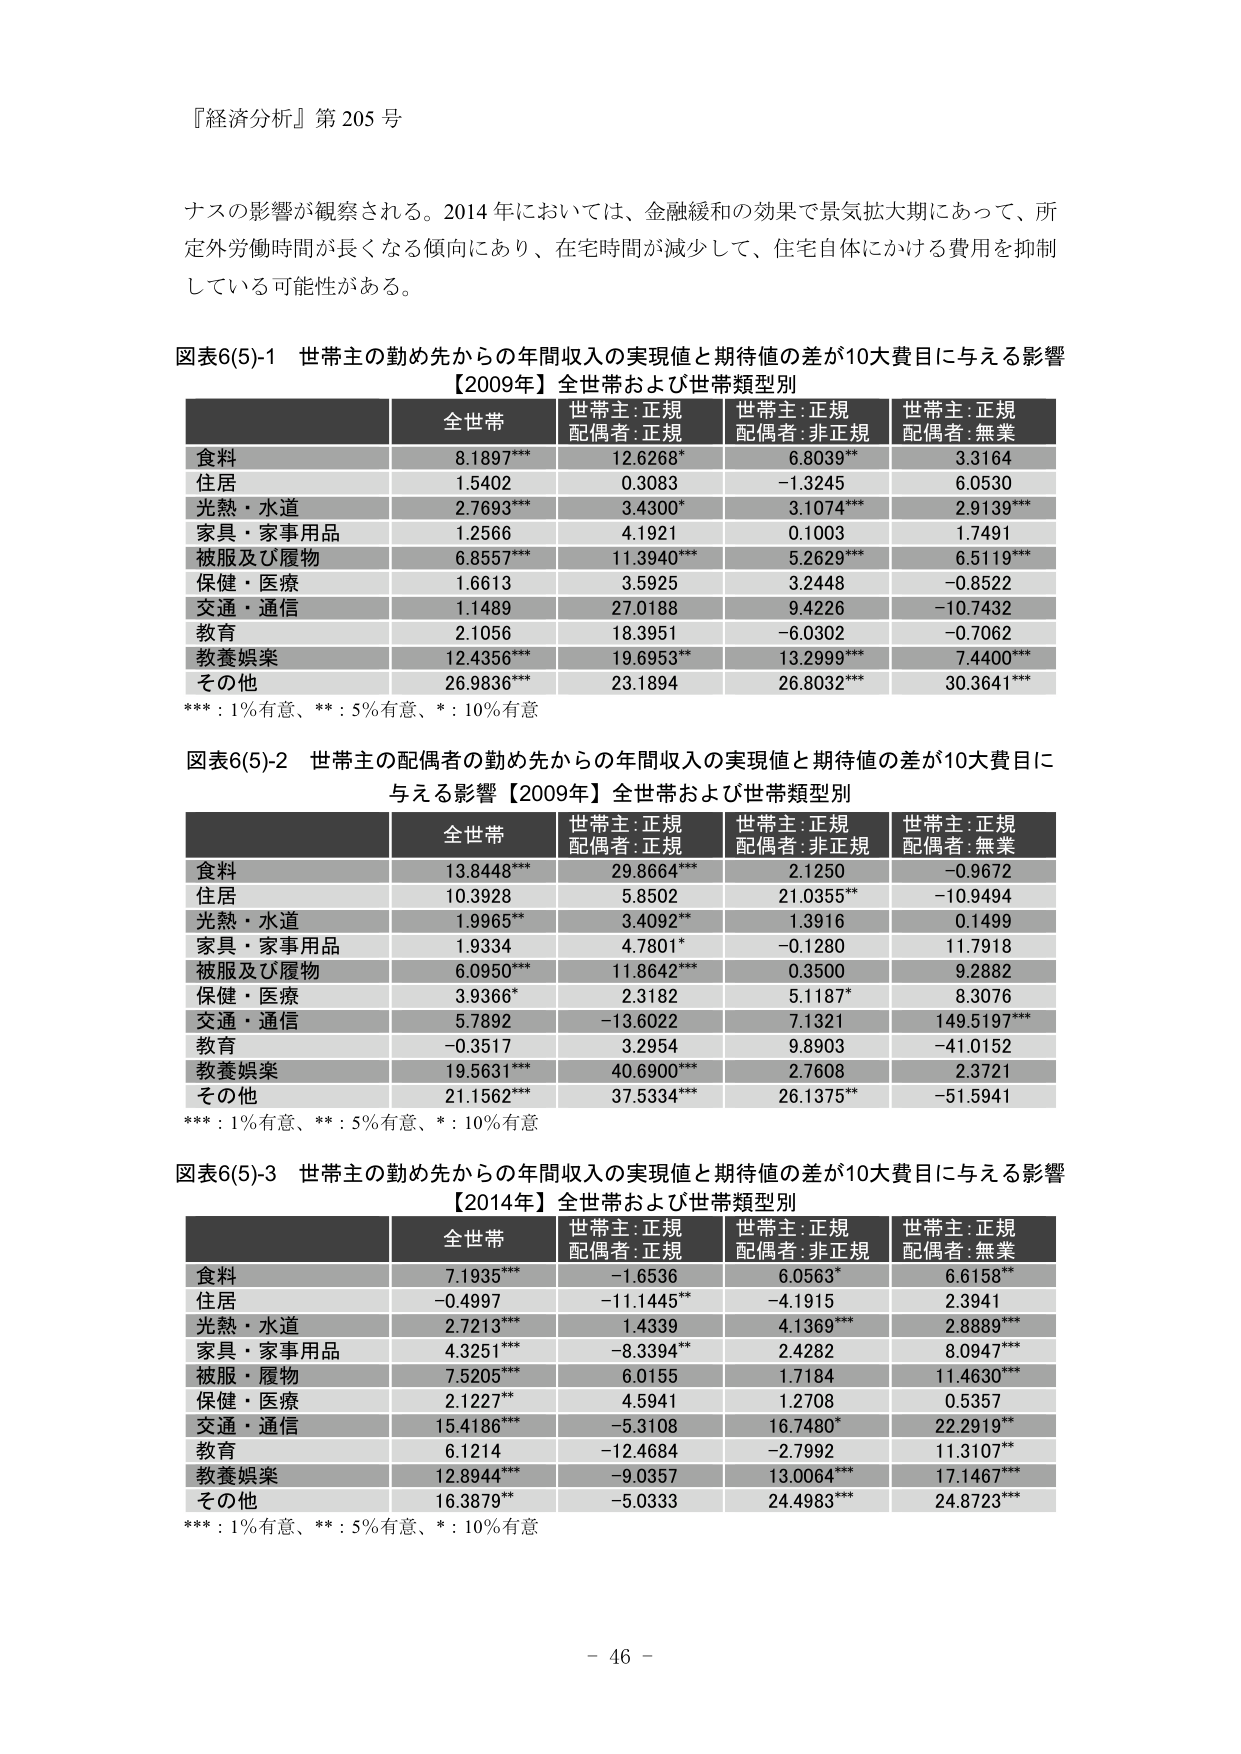
『経済分析』第205号

ナスの影響が観察される。2014年においては、金融緩和の効果で景気拡大期にあって、所定外労働時間が長くなる傾向にあり、在宅時間が減少して、住宅自体にかける費用を抑制している可能性がある。

図表6(5)-1 世帯主の勤め先からの年間収入の実現値と期待値の差が10大費目を与える影響
【2009年】全世帯および世帯類型別

全世帯 世帯主:正規 配偶者:正規 世帯主:正規 配偶者:非正規 世帯主:正規 配偶者:無業
食料 8.1897*** 12.6268* 6.8039** 3.3164
住居 1.5402 0.3083 -1.3245 6.0530
光熱・水道 2.7693*** 3.4300* 3.1074*** 2.9139***
家具・家事用品 1.2566 4.1921 0.1003 1.7491
被服及び履物 6.8557*** 11.3940*** 5.2629*** 6.5119***
保健・医療 1.6613 3.5925 3.2448 -0.8522
交通・通信 1.1489 27.0188 9.4226 -10.7432
教育 2.1056 18.3951 -6.0302 -0.7062
教養娯楽 12.4356*** 19.6953*** 13.2999*** 7.4400***
その他 26.9836*** 23.1894 26.8032*** 30.3641***

***：1％有意、**：5％有意、*：10％有意

図表6(5)-2 世帯主の配偶者の勤め先からの年間収入の実現値と期待値の差が10大費目に与える影響【2009年】全世帯および世帯類型別

全世帯 世帯主:正規 配偶者:正規 世帯主:正規 配偶者:非正規 世帯主:正規 配偶者:無業
食料 13.8448*** 29.8664*** 2.1250 -0.9672
住居 10.3928 5.8502 21.0355** -10.9494
光熱・水道 1.9965** 3.4092** 1.3916 0.1499
家具・家事用品 1.9334 4.7801* -0.1280 11.7918
被服及び履物 6.0950*** 11.8642*** 0.3500 9.2882
保健・医療 3.9366* 2.3182 5.1187* 8.3076
交通・通信 5.7892 -13.6022 7.1321 149.5197***
教育 -0.3517 3.2954 9.8903 -41.0152
教養娯楽 19.5631*** 40.6900*** 2.7608 2.3721
その他 21.1562*** 37.5334*** 26.1375** -51.5941

***：1％有意、**：5％有意、*：10％有意

図表6(5)-3 世帯主の勤め先からの年間収入の実現値と期待値の差が10大費目を与える影響
【2014年】全世帯および世帯類型別

全世帯 世帯主:正規 配偶者:正規 世帯主:正規 配偶者:非正規 世帯主:正規 配偶者:無業
食料 7.1935*** -1.6536 6.0563* 6.6158**
住居 -0.4997 -11.1445** -4.1915 2.3941
光熱・水道 2.7213*** 1.4339 4.1369*** 2.8889***
家具・家事用品 4.3251*** -8.3394** 2.4282 8.0947***
被服・履物 7.5205*** 6.0155 1.7184 11.4630***
保健・医療 2.1227** 4.5941 1.2708 0.5357
交通・通信 15.4186*** -5.3108 16.7480* 22.2919**
教育 6.1214 -12.4684 -2.7992 11.3107**
教養娯楽 12.8944*** -9.0357 13.0064*** 17.1467***
その他 16.3879** -5.0333 24.4983*** 24.8723***

***：1％有意、**：5％有意、*：10％有意

- 46 -